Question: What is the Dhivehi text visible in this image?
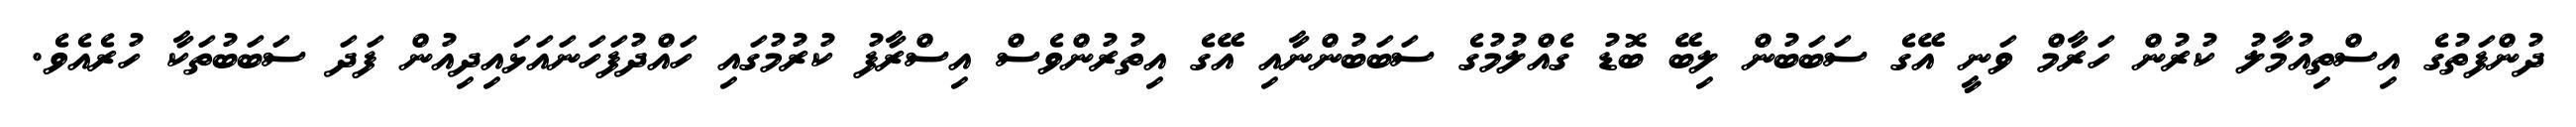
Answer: ދުންފަތުގެ އިސްތިއުމާލު ކުރުން ހަރާމް ވަނީ އޭގެ ސަބަބުން ލިބޭ ބޮޑު ގެއްލުމުގެ ސަބަބުންނާއި އޭގެ އިތުރުންވެސް އިސްރާފު ކުރުމުގައި ހައްދުފަހަނައަޅައިދިއުން ފަދަ ސަބަބުތަކާ ހުރެއެވެ.